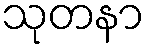
သုတနာ